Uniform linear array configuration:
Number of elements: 8
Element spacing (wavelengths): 0.75
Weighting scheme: binomial
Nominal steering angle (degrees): -45
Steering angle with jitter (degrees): -46.876
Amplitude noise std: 0.05
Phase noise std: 0.05

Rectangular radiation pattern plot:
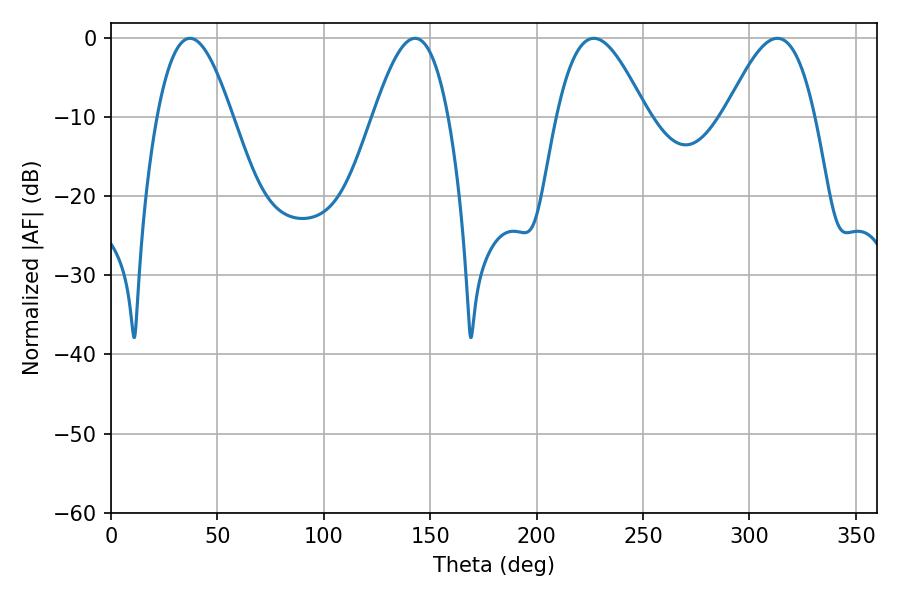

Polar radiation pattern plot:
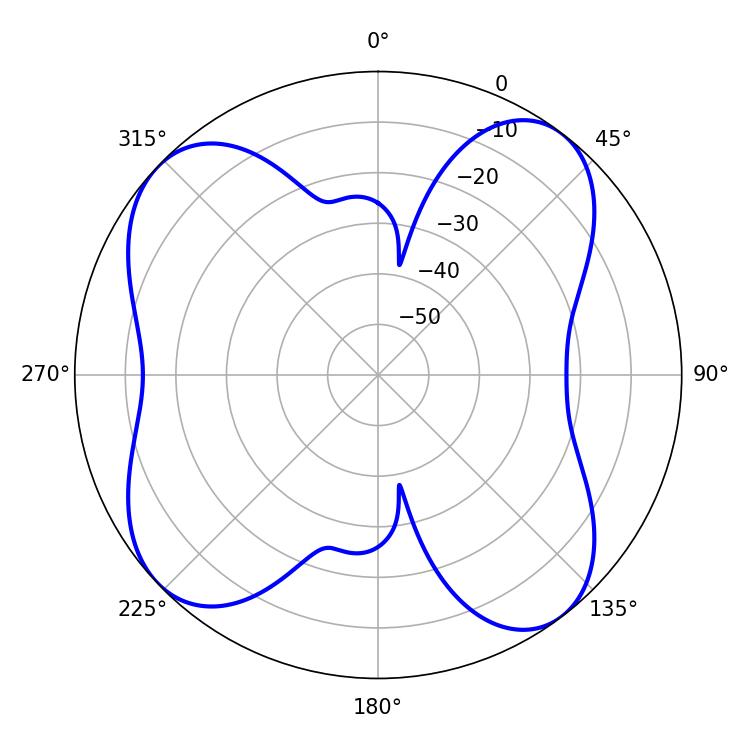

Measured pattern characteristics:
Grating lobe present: TRUE
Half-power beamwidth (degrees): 19.08
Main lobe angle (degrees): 37.08